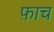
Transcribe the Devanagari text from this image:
फ़ाच